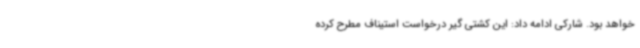
خواهد بود. شارکی ادامه داد: این کشتی گیر درخواست استیناف مطرح کرده